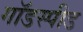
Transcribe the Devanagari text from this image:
गॉडस्पीड